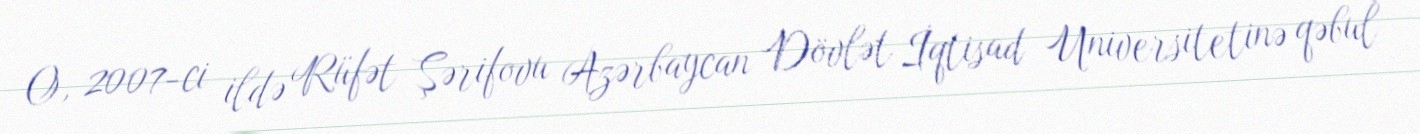
O, 2007-ci ildə Rüfət Şərifovu Azərbaycan Dövlət İqtisad Universitetinə qəbul